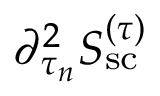
{ \partial _ { \tau _ { n } } ^ { 2 } S _ { \mathrm { s c } } ^ { ( \tau ) } }